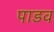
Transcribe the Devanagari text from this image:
पाडव